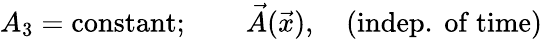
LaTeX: A_{3}=\mathrm{constant};\qquad\vec{A}(\vec{x}),\quad\mathrm{(indep.~of~time)}